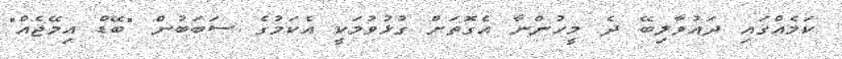
ކަމެއްގައި ދައުވާލިބޭ ދެ މީހުންނާ އެގޮތަށް ގުޅުވުމަކީ އެކަމުގެ ސަބަބުން "ބޭޑް އިމޭޖެއް"